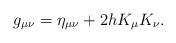
LaTeX: \begin{align*}g_{\mu \nu} = \eta_{\mu \nu} + 2h K_{\mu}K_{\nu}.\end{align*}